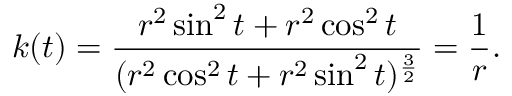
k ( t ) = { \frac { r ^ { 2 } \sin ^ { 2 } t + r ^ { 2 } \cos ^ { 2 } t } { ( r ^ { 2 } \cos ^ { 2 } t + r ^ { 2 } \sin ^ { 2 } t ) ^ { \frac { 3 } { 2 } } } } = { \frac { 1 } { r } } .